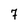
Character: 7